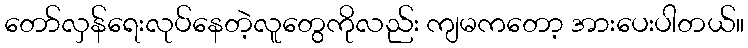
တော်လှန်ရေးလုပ်နေတဲ့လူတွေကိုလည်း ကျမကတော့ အားပေးပါတယ်။